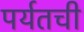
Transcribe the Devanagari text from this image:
पर्यतची